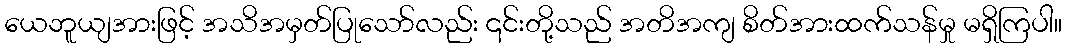
ယေဘူယျအားဖြင့် အသိအမှတ်ပြုသော်လည်း ၎င်းတို့သည် အတိအကျ စိတ်အားထက်သန်မှု မရှိကြပါ။